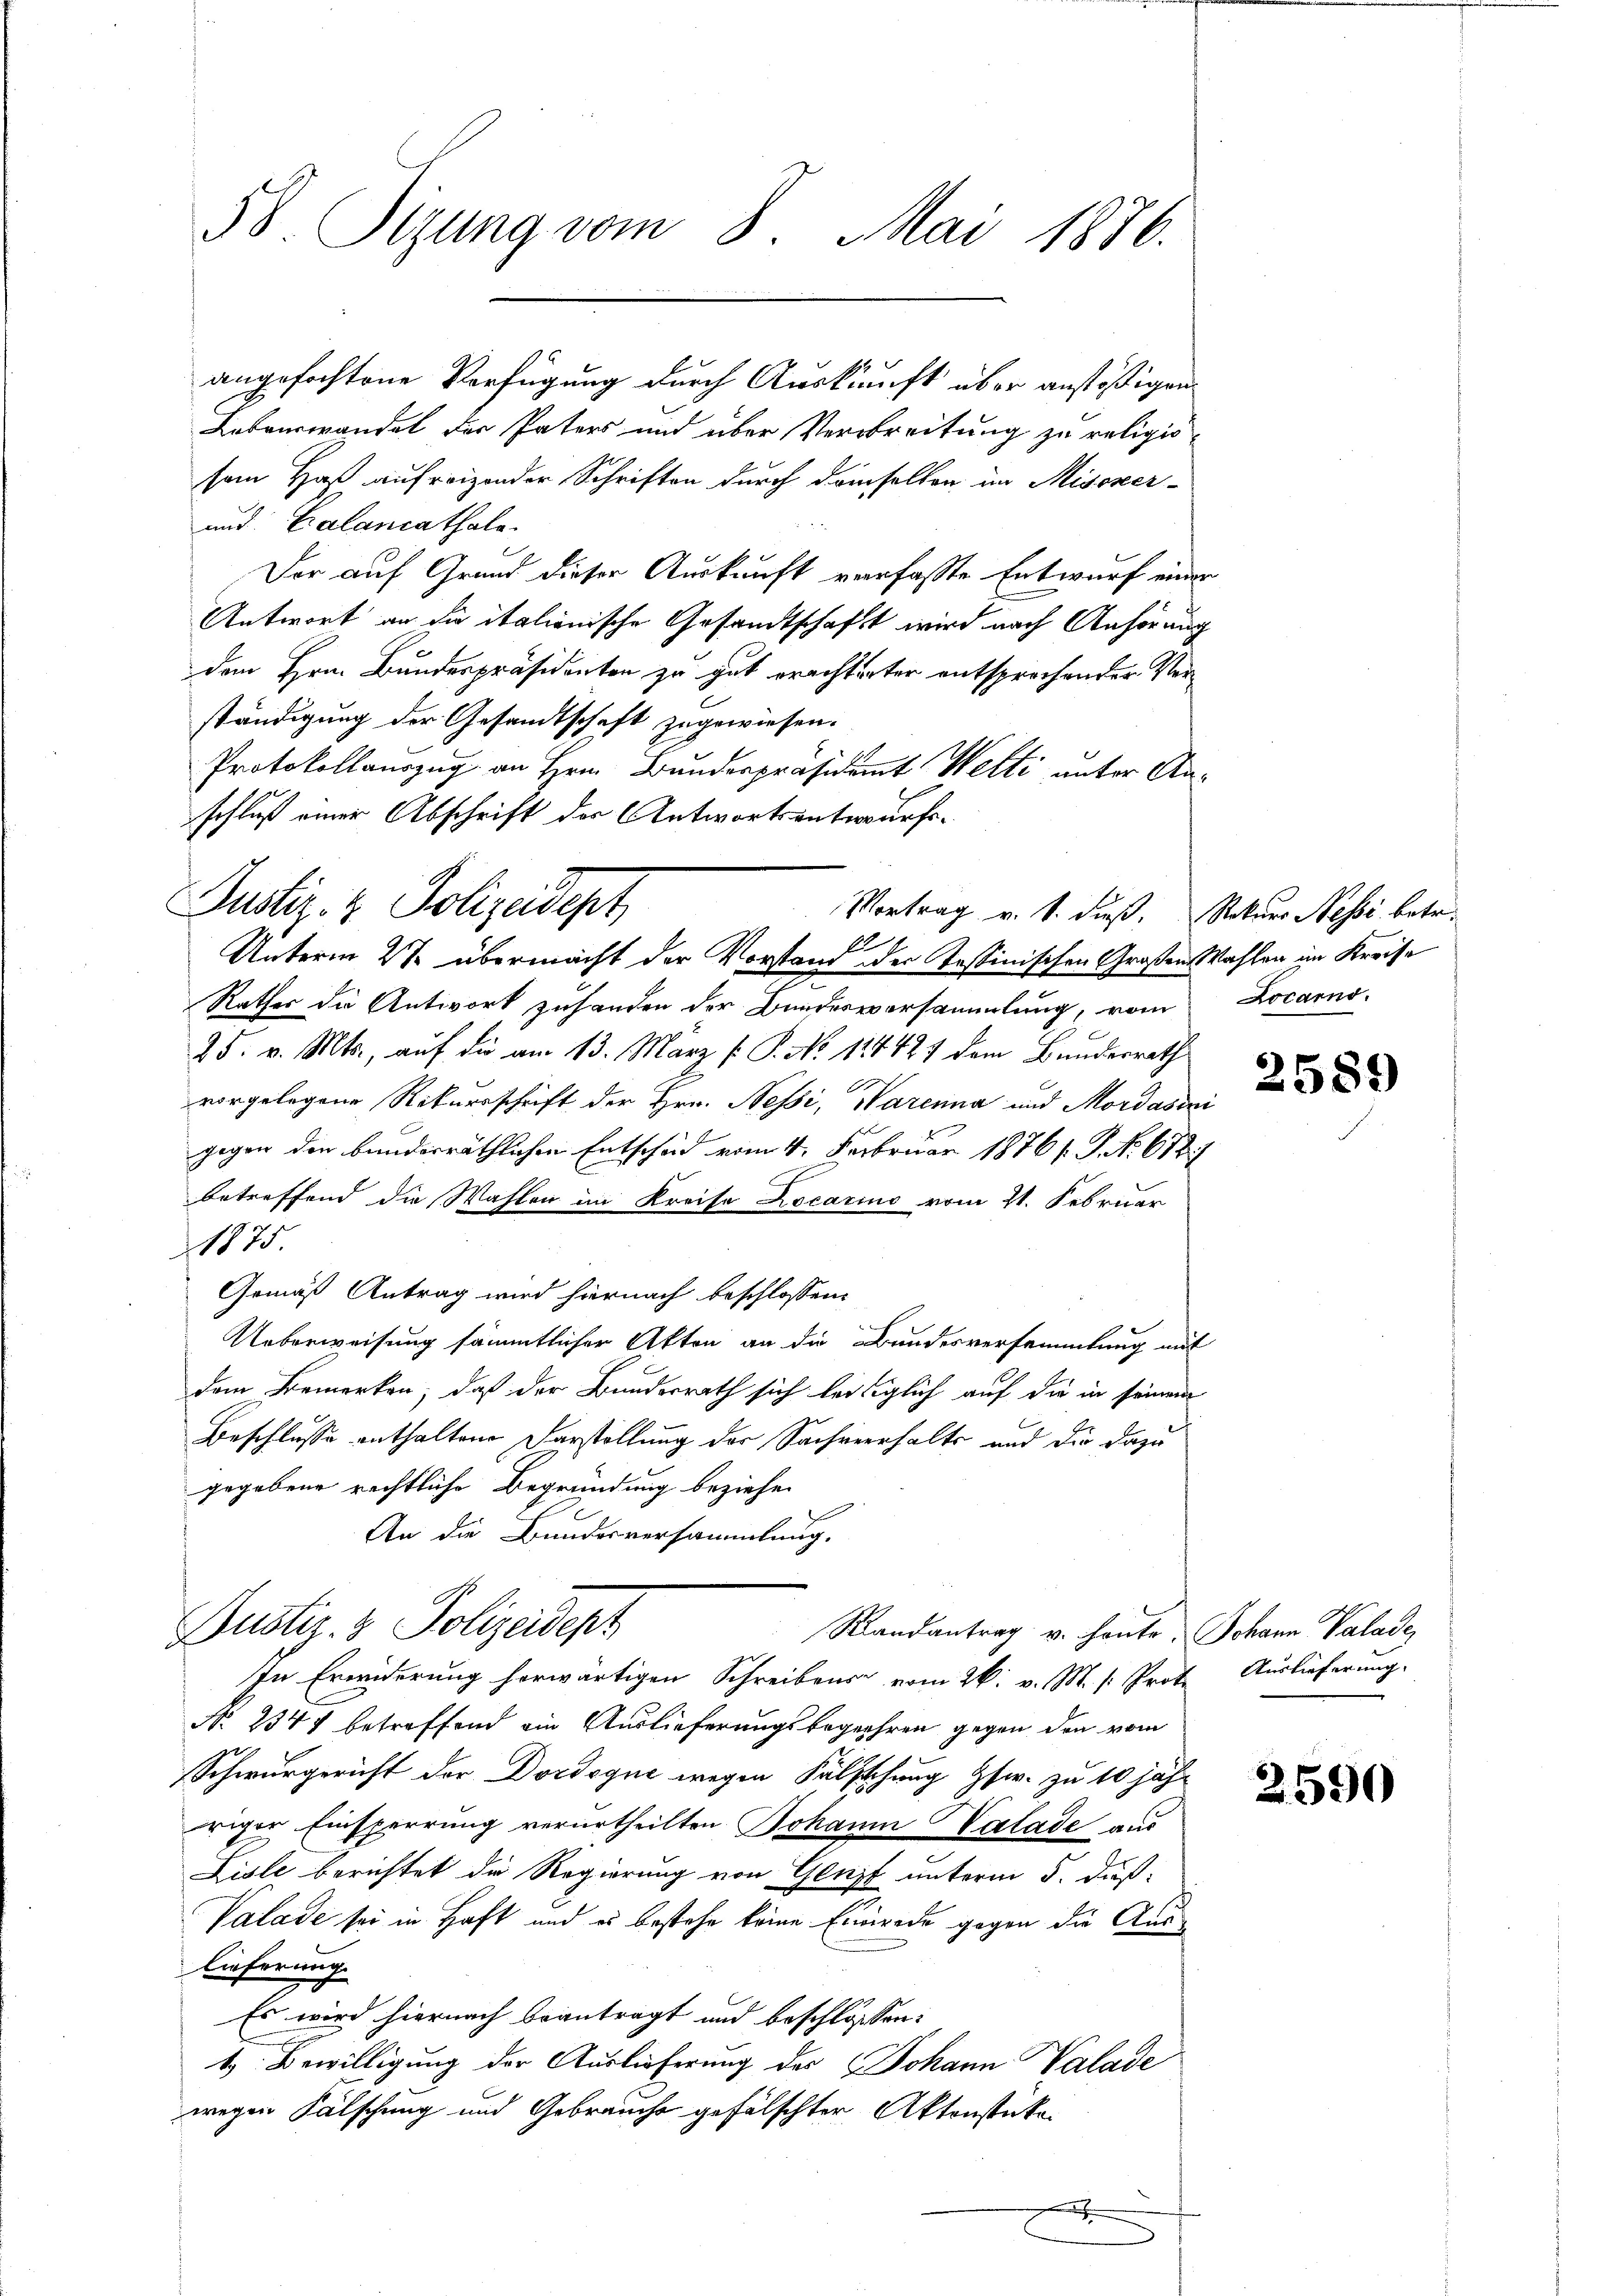
58 Stzung vom 8 Mai 1876.

angefochtene Verfügung durch Auskunft über anstößigen
Lebenswandel der Paters und über Verabreitung zu religiosein Haß aufreizender Schriften durch demselben im Missver-
und: Calancathale.
Der auf Grund dieser Auskunft verfasste Entwurf einer
Antwort an die italienische Gesandtschaft wird nach Anhörung
dem Hrn. Bundespräsidenten zu gut erachtunter entsprochender Verständigung der Gesandtschaft zugewiesen.
Protokollauszug an Hrn. Bundespräsidamt Welti unter Anschluß einer Abschrift der Antwortsentwurfs-
Justiz- & Polizeideph
Rathes die Antwort zuhanden der Bundesversammlung, vom Locarno.
25. v. Mts., auf die am 13. März [ P. No 114421 dem Bundesrath
vorgelegene Rekursschrift der Hrn. Nessi, Warena und Mordašeni
gegen den banderräthlichen Entscheid vom 4. Februar 1876/. P. Nr. 612
betreffend die Wahlen im Kreise Locarius vom 21. Februar
1875
Gemäß Antrag wird hiernach beschlossen:
Ueberweisung sämmtlicher Akten an die Bundesversammlung mit
dem Bemerken, daß der Bundesrath sich leidiglich auf die in seinem
Beschlusse enthaltene Darstellung der Sachverhalts und die dazu
gegebene rechtliche Begründung beziehen
An die Bundesversammlung.
Justiz- & Polizeidept
Randantrag v. heute. Johann Valade
In Erwiderung herwärtigen Schreibens vom 26. v. M. h. Prot. Auslieferung.
No. 2347 betreffend ein Auslieferungsbegehren gegen den vom
Schwurgericht der Dordoque wegen Fälschung Gsw. zu 10 jähr
riger Einsperrung verurtheilten Johann Valade aus
Liste berichtet die Regierung von Genf unterm 5. daß
Valade sei in Haft und es bestehe keine Einrede gegen die Auslieferung
Es wird hiernach beantragt und beschlossen:
4 Bewilligung der Auslieferung des Johann Valade
wegen Fälschung und Gebrauche gefälschter Aktenstücke

Vortrag v. 1. dieß. Rekurs Nessi betr.
1
Unterm 27. übermacht der Vorstand der Tessinischen Großen Wahlen im Kreise

2589

2590